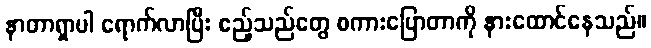
နာတာရှာပါ ရောက်လာပြီး ဧည့်သည်တွေ စကားပြောတာကို နားထောင်နေသည်။